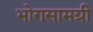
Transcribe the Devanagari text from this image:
भोगसामग्री